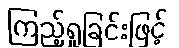
ကြည့်ရှုခြင်းဖြင့်